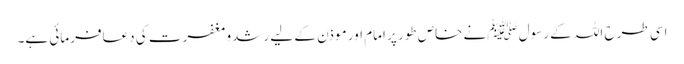
اسی طرح اللہ کے رسول ﷺنے خاص طور پر امام اور موذن کے لیے رشدومغفرت کی دعافرمائی ہے۔